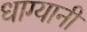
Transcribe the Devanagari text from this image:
धाग्यानी